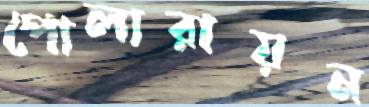
পোলারায়ন